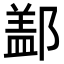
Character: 𨝕